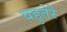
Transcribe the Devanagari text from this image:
वहुतेरे